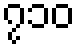
၇၁၀